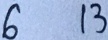
6 1 3